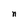
Character: n